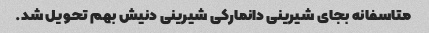
متاسفانه بجای شیرینی دانمارکی شیرینی دنیش بهم تحویل شد.